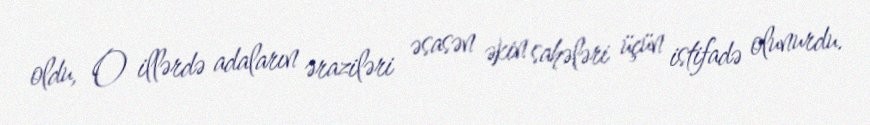
oldu, O illərdə adaların əraziləri əsasən əkin sahələri üçün istifadə olunurdu.